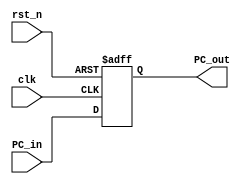
`timescale 1ns / 1ps

module PC(
    input clk,
    input rst_n,
    input [31:0] PC_in,
    output reg [31:0] PC_out
);

always@(posedge clk or negedge rst_n) begin
    if (~rst_n)
        PC_out <= 0;
    else
        PC_out <= PC_in;
end

endmodule